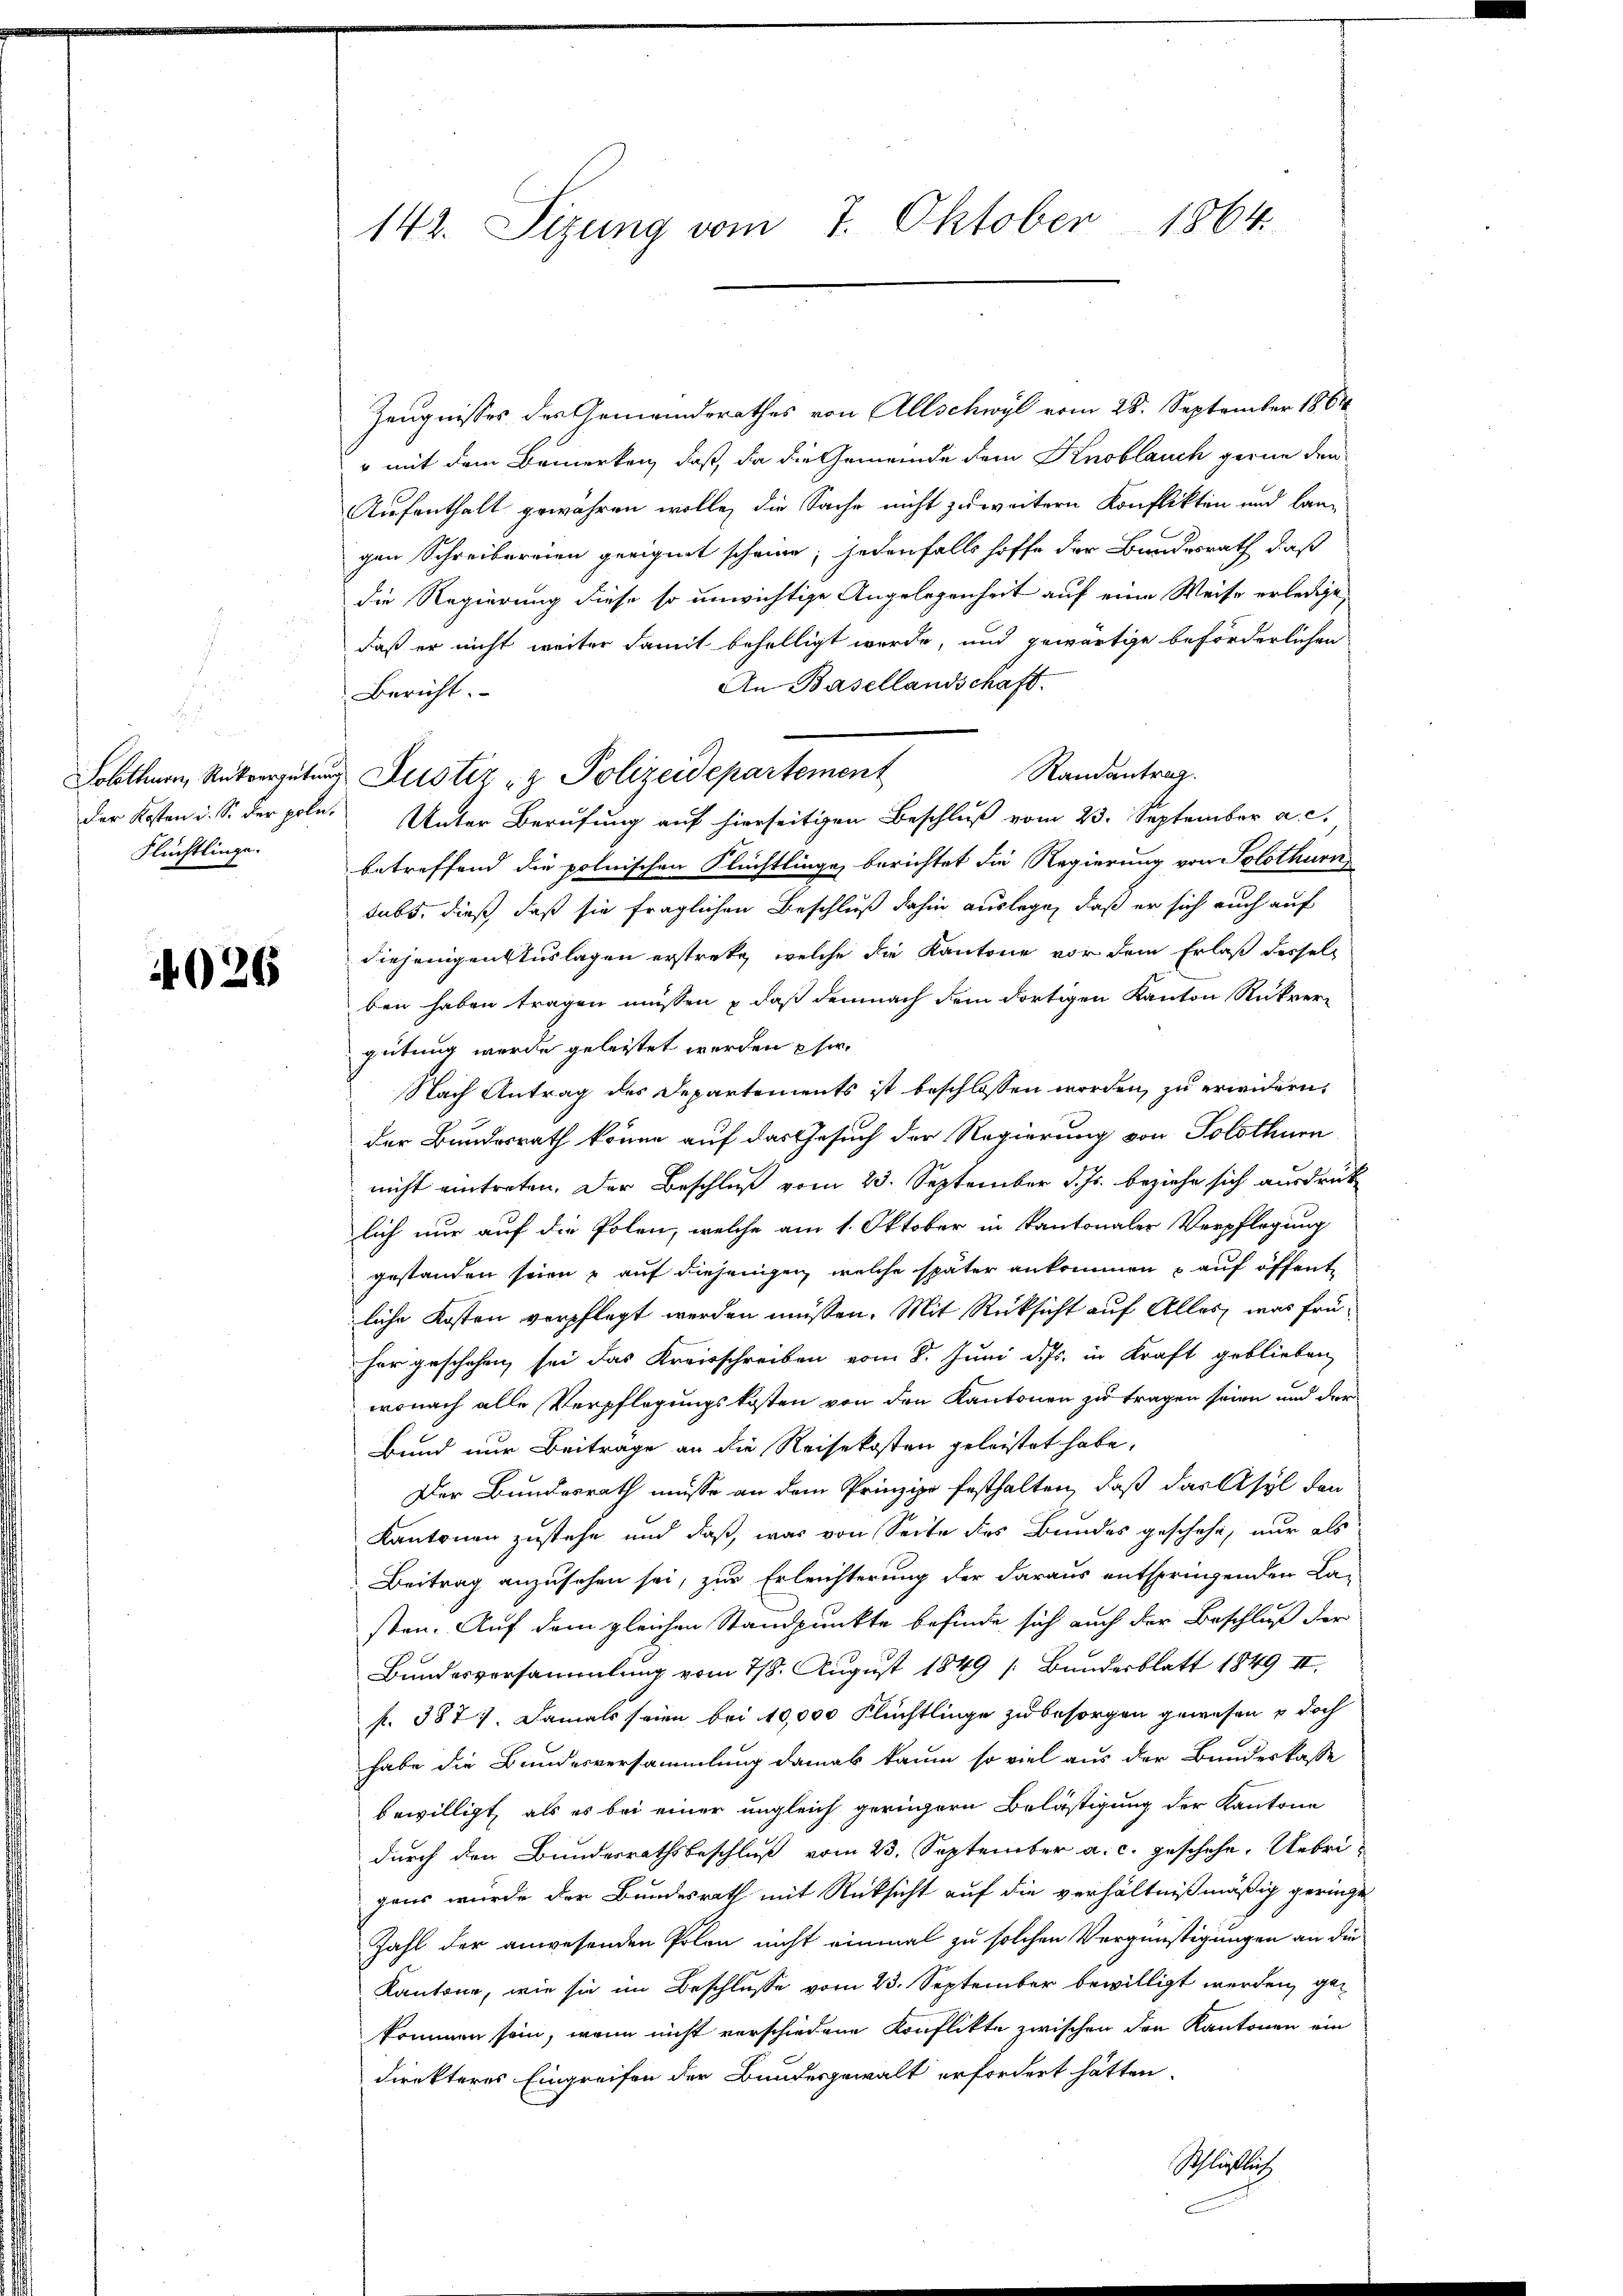
Flüchtlinge.

4026

Zeugnisses des Gemeindsrathes von Allschwyl vom 28. September 1864
" mit dem Bemerken, daß, da die Gemeinde dem Knoblauch gerne den
Aufenthalt gewähren wolle, die Sache nicht zu weitern Konflikten und langen Schreibereien geeignet scheine; jedenfalls hoffe der Bundesrath, daß
die Regierung diese so unwichtige Angelegenheit auf eine Weise erledige
daß er nicht weiter damit behelligt werde, und gewärtige beförderlichen
An Basellandschaft.
Bericht.
Randantrag
der Kosten d. S. der pole. Unter Berufung auf hierseitigen Beschluß vom 23. September a. c.
betreffend die polnischen Flüchtlingen berichtet die Regierung von Solothurn
tubs, dieß, daß sie fraglichen Beschluß dahin auslege, daß er sich auch auf
diejenigen Auslagen erstreke, welche die Kantone vor dem Erlaß derselben haben tragen müssen & daß demnach dem dortigen Kanton Rückvergütung werde geleistet werden pfer.
Nach Antrag des Departements ist beschlossen worden, zu erwidern,
der Bundesrath könne auf das Gesuch der Regierung von Solothurn
nicht eintreten. Der Beschluß vom 23. September d. Js. beziehe sich ausdrück
lich nur auf die Polen, welche am 1. Oktober in Kantonaler Verpflegung
gestanden seien, auf diejenigen, welche später ankommen auf öffent
liche Kosten verpflegt werden müßen. Mit Rücksicht auf Alles, was früher geschehen sei das Kreisschreiben vom 8. Juni d. Js. in Kraft geblieben
wonach alle Verpflegungskosten von den Kantonen zu tragen seien und der
Bund nur Beiträge an die Reisekosten geleistet habe,
Der Bundesrath müsse an dem Prinzipe festhalten, daß das Asyl den
Kantonen zustehe und daß, was von Seite des Bundes geschehe, nur als
Beitrag anzusehen sei, zur Erleichterung der daraus entspringenden La-
sten. Auf dem gleichen Standpunkte befinde sich auch der Beschluß der
Bundesversammlung vom 28. August 1849 (Bunderblatt 1849 II.
f. 387). Damals seien bei 10,000 Flüchtlinge zu besorgen gewesen u doch
habe die Bundesversammlung damal kaum so viel aus der Bundeskasse
bewilligt, als es bei einer ungleich geringern Belästigung der Kantone
durch den Bundesrathsbeschluß vom 23. September a. c. geschehe, Uebrigaus wurde der Bundesrath mit Rücksicht auf die verhältnißmäßig geringte
Zahl der anwesenden Polen nicht einmal zu solchen Vergünstigungen an die
Kantone, wie sie im Beschlusse vom 13. September bewilligt werden, gekommen sein, wenn nicht verschiedene Konflikte zwischen den Kantonen ein
direkteres Eingreifen der Bundesgewalt erfordert hätten.
Schlussuch

142. Sizung vom 7. Oktober 1864.

Solothurn, Rückvergütŭng Justiz & Polizeidepartement